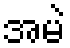
အမဲ